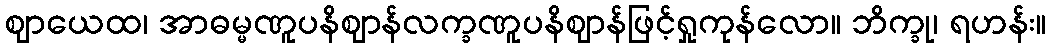
ဈာယေထ၊ အာဓမ္မဏူပနိဈာန်လက္ခဏူပနိဈာန်ဖြင့်ရှုကုန်လော။ ဘိက္ခု၊ ရဟန်း။